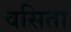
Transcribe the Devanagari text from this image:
वसिता